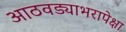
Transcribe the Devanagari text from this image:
आठवड्याभरापेक्षा